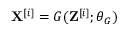
\mathbf { X } ^ { [ i ] } = G ( \mathbf { Z } ^ { [ i ] } ; \theta _ { G } )